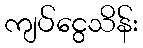
ကျပ်ငွေသိန်း